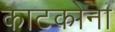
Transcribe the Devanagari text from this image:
काटकोना